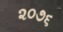
૨૦૭૬